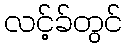
လင့်ခ်တွင်